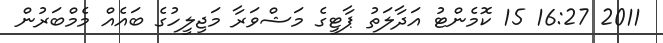
2011 16:27 15 ކޮމެންޓު އަދާލަތު ޕާޓީގެ މަޝްވަރާ މަޖިލީހުގެ ބައެއް މެމްބަރުން